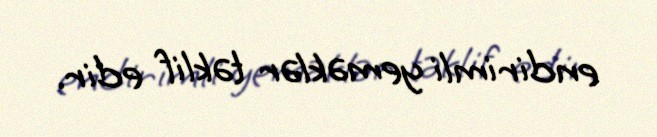
endirimli yeməklər təklif edir.